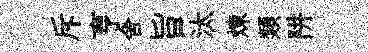
斥亨舍旨汰煉類阱